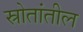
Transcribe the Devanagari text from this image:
स्रोतांतील